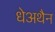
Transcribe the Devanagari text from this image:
धेअथैन